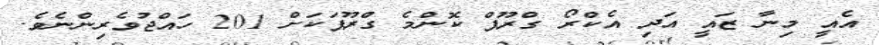
އެއީ މިނާ ޒައީ އަދި އެކްރޯ ގްރޫޕް ކޮންމެ ގްރޫޕަކަށް 201 ހައްޖުވެރިންނެވެ.